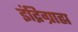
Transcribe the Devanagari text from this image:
इंद्रिग्राह्म